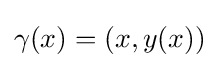
\gamma (x)=(x,y(x))